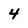
Character: 4